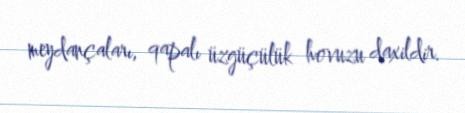
meydançaları, qapalı üzgüçülük hovuzu daxildir.